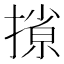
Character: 𫽽